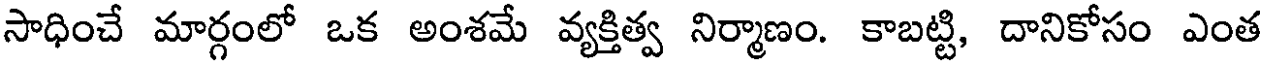
సాధించే మార్గంలో ఒక అంశమే వ్యక్తిత్వ నిర్మాణం. కాబట్టి, దానికోసం ఎంత